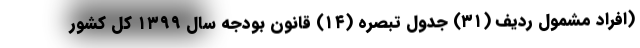
(افراد مشمول ردیف (۳۱) جدول تبصره (۱۴) قانون بودجه سال ۱۳۹۹ کل کشور